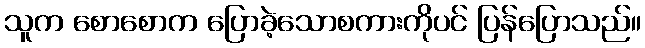
သူက စောစောက ပြောခဲ့သောစကားကိုပင် ပြန်ပြောသည်။